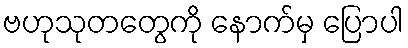
ဗဟုသုတတွေကို နောက်မှ ပြောပါ